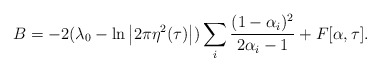
\begin{align*}B = -2 (\lambda_0 -\ln \left| 2\pi\eta^2(\tau) \right|) \sum_i\frac{(1-\alpha_i)^2}{2\alpha_i-1} + F[\alpha,\tau].\end{align*}